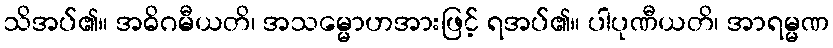
သိအပ်၏။ အဓိဂမီယတိ၊ အသမ္မောဟအားဖြင့် ရအပ်၏။ ပါပုဏီယတိ၊ အာရမ္မဏ